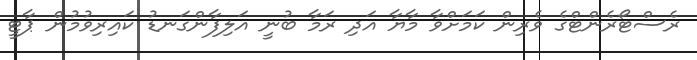
ރެސްޓޯރެންޓްގެ ވެރިން ކަމަށްވާ މާޔާ އަދި ރަމާ ބުނީ އަލިފާންގަނޑު ކައިރިވުމުން ޕާޓީ